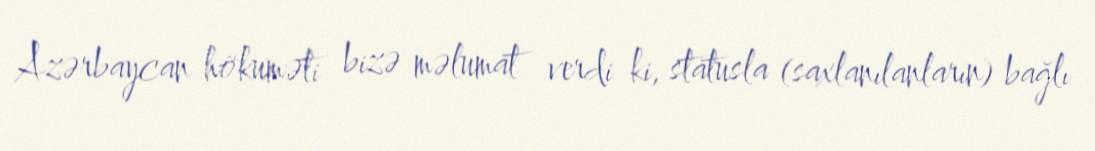
Azərbaycan hökuməti bizə məlumat verdi ki, statusla (saxlanılanların) bağlı